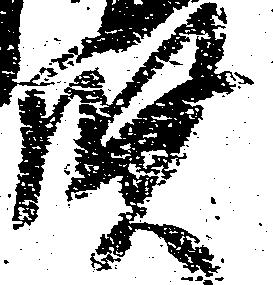
賢